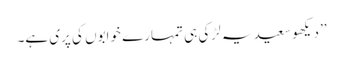
’’دیکھو سعید یہ لڑکی ہی تمہارے خوابوں کی پری ہے۔